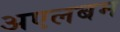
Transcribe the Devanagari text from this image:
अएलबम